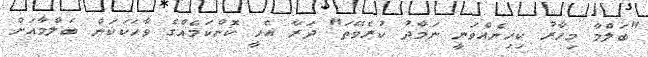
"ބަލްމާ މިހާރު ކިހިނެއްވަނީ ނަމާދު ކުރެވޭތަ" ދަރާ އެހީ ކޮންކަމެއްގެ ވާހަކަކަން ބަލްމާއަށް